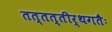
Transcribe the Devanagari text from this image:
तत्तत्तीर्थगतैः